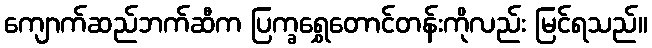
ကျောက်ဆည်ဘက်ဆီက ပြက္ခရွှေတောင်တန်းကိုလည်း မြင်ရသည်။